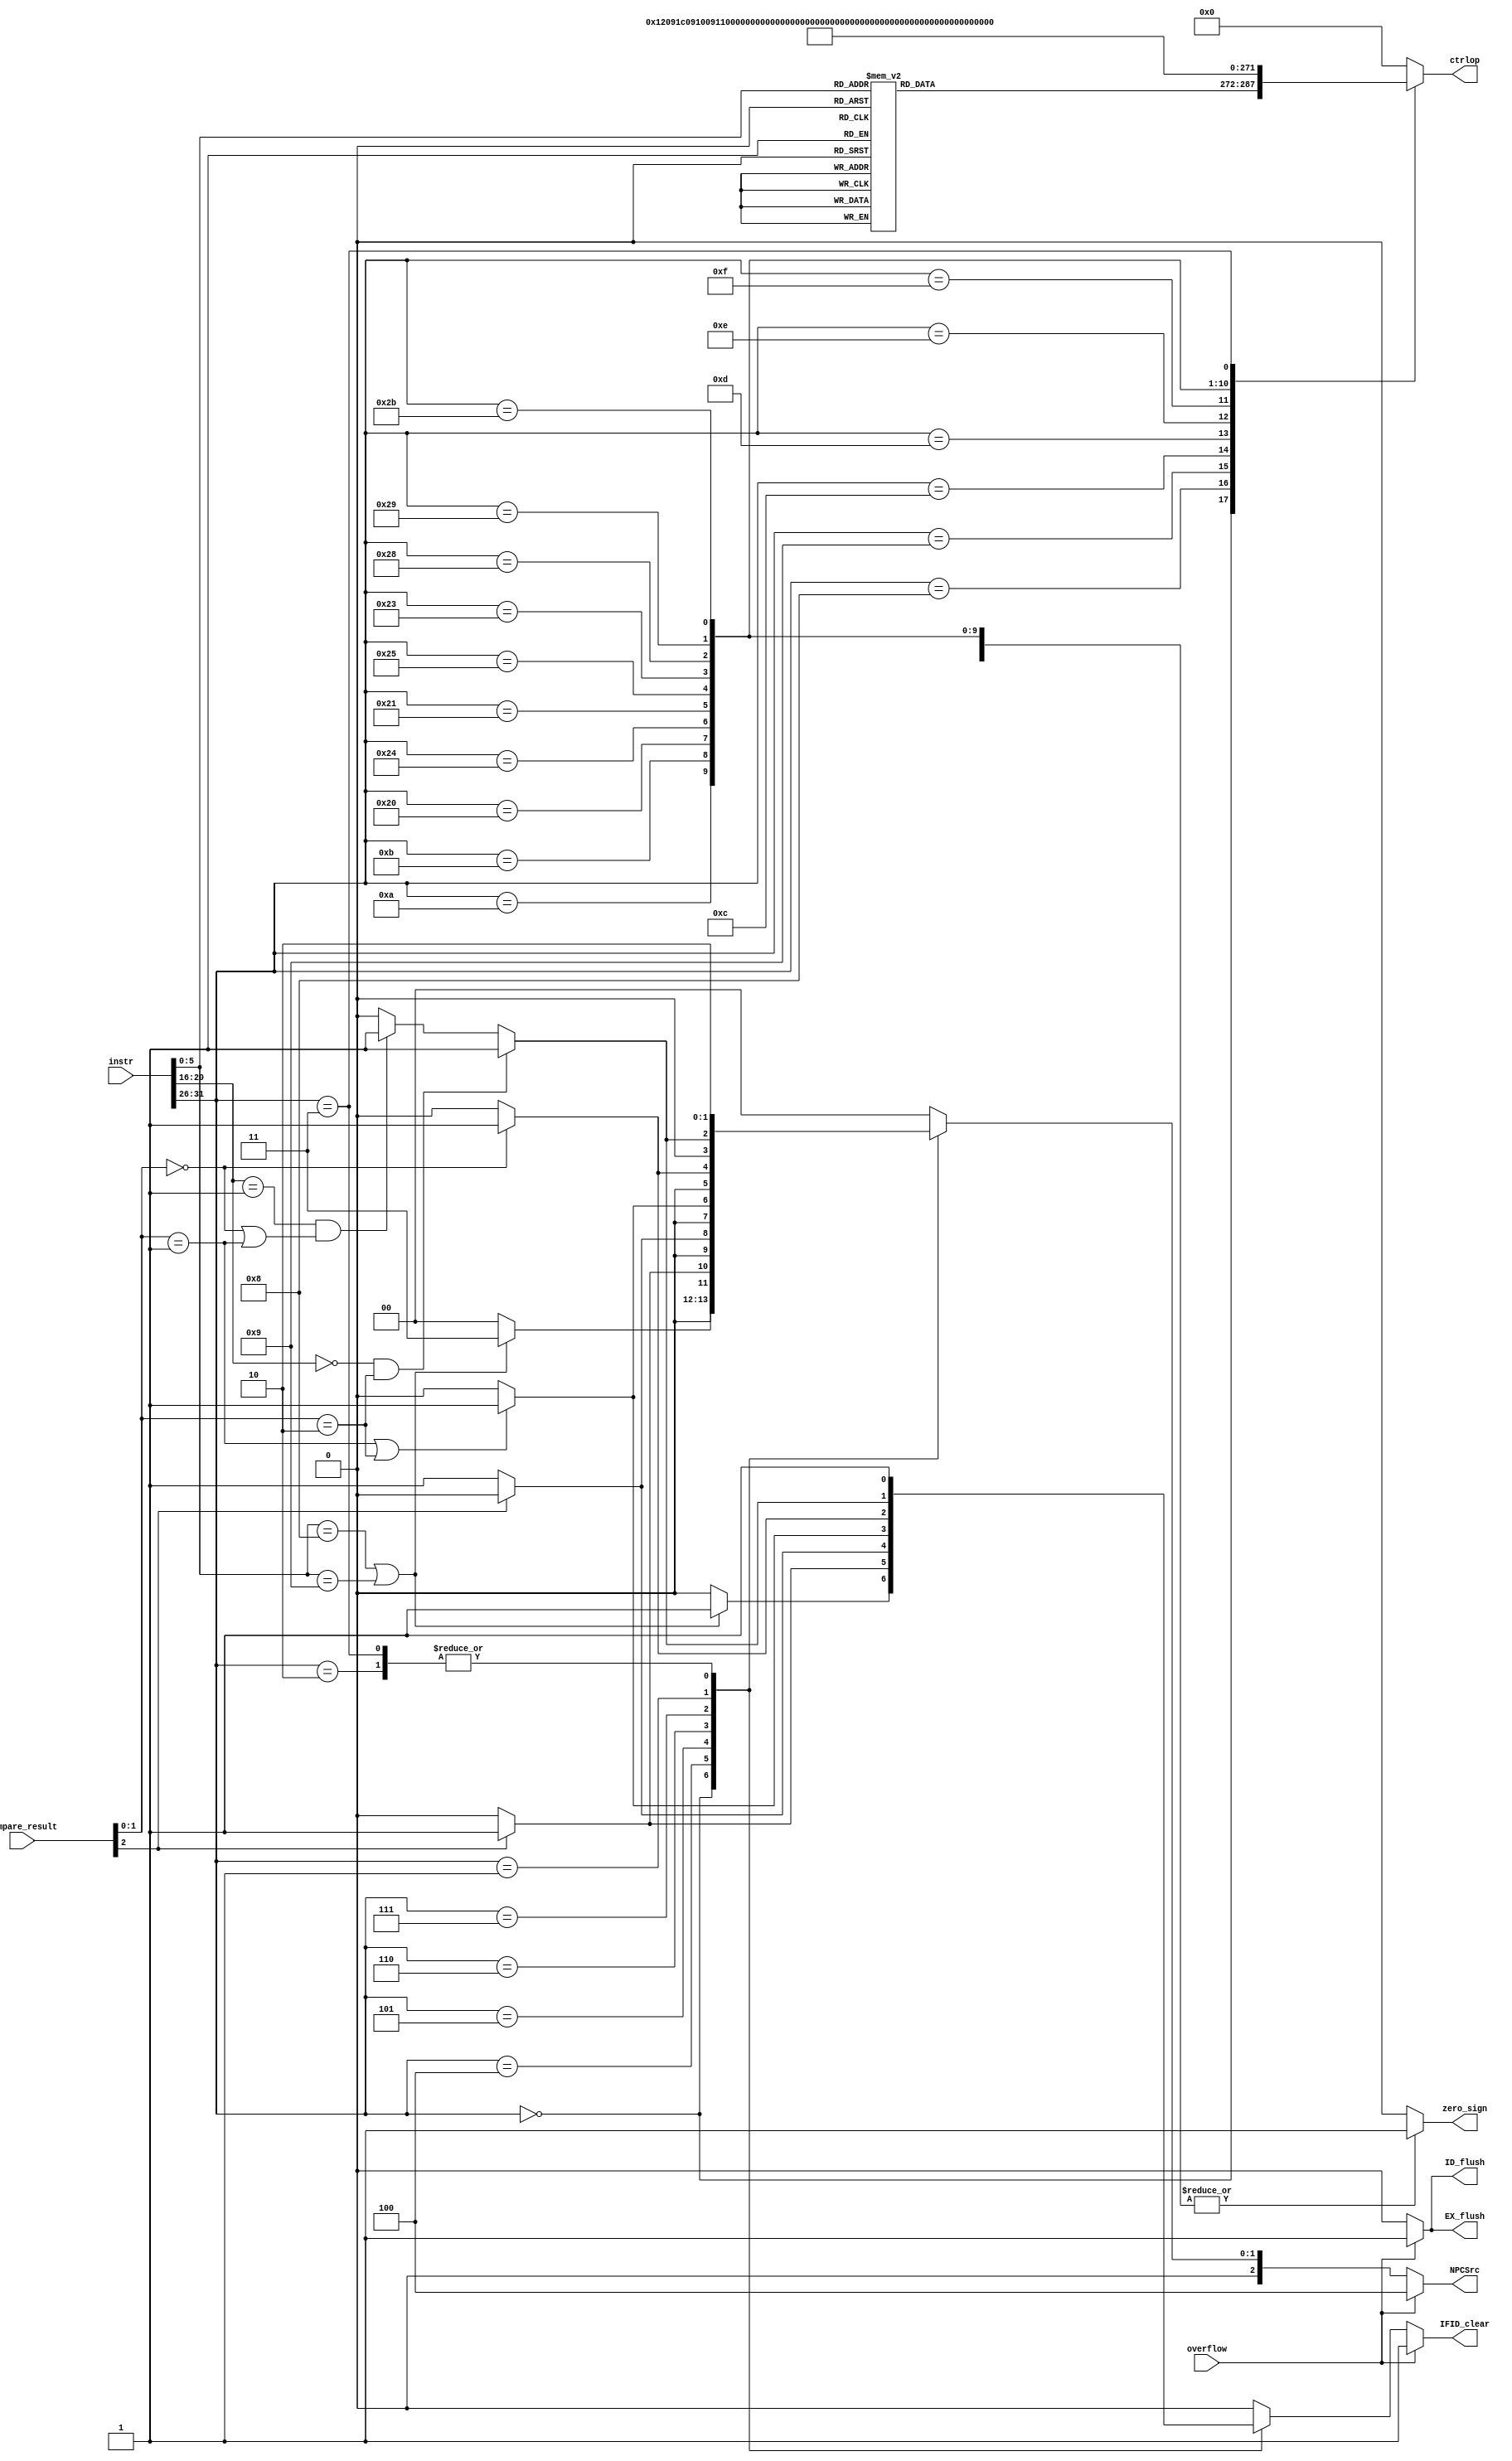
module ctrl(instr,compare_result,overflow,IFID_clear,ID_flush,EX_flush,NPCSrc,ctrlop,zero_sign);

  input [31:0] instr;
  input [2:0] compare_result;
  input overflow;
  output reg IFID_clear;
  output reg ID_flush;
  output reg EX_flush;
  output reg [2:0] NPCSrc;
  output reg [15:0] ctrlop;
  output reg zero_sign;

always@(instr,compare_result,overflow)
  if(overflow)
    begin
      IFID_clear = 1'b1;
      ID_flush = 1'b1;
      EX_flush = 1'b1;
      NPCSrc = 3'b100;
    end
  else
    case(instr[31:26])
      6'b00_0000:
        if(instr[5:0] == 6'b00_1000 || instr[5:0] == 6'b00_1001) //jr,jalr
          begin
            IFID_clear = 1'b1;
            ID_flush = 1'b0;
            EX_flush = 1'b0;
            NPCSrc = 3'b011;
          end
        else
          begin
            IFID_clear = 1'b0;
            ID_flush = 1'b0;
            EX_flush = 1'b0;
            NPCSrc = 3'b000;
          end
      6'b00_0100:  //beq
        if(compare_result[2] == 1'b1)
          begin
            IFID_clear = 1'b1;
            ID_flush = 1'b0;
            EX_flush = 1'b0;
            NPCSrc = 3'b001;
          end
        else
          begin
            IFID_clear = 1'b0;
            ID_flush = 1'b0;
            EX_flush = 1'b0;
            NPCSrc = 3'b000;
          end
      6'b00_0101:  //bne
        if(compare_result[2] == 1'b0)
          begin
            IFID_clear = 1'b1;
            ID_flush = 1'b0;
            EX_flush = 1'b0;
            NPCSrc = 3'b001;
          end
        else
          begin
            IFID_clear = 1'b0;
            ID_flush = 1'b0;
            EX_flush = 1'b0;
            NPCSrc = 3'b000;
          end
      6'b00_0110:  //blez
        if(compare_result[1:0]==2'b01||compare_result[1:0]==2'b10)
          begin
            IFID_clear = 1'b1;
            ID_flush = 1'b0;
            EX_flush = 1'b0;
            NPCSrc = 3'b001;
          end
        else
          begin
            IFID_clear = 1'b0;
            ID_flush = 1'b0;
            EX_flush = 1'b0;
            NPCSrc = 3'b000;
          end
      6'b00_0111:  //bgtz
        if(compare_result[1:0]==2'b00)
          begin
            IFID_clear = 1'b1;
            ID_flush = 1'b0;
            EX_flush = 1'b0;
            NPCSrc = 3'b001;
          end
        else
          begin
            IFID_clear = 1'b0;
            ID_flush = 1'b0;
            EX_flush = 1'b0;
            NPCSrc = 3'b000;
          end
      6'b00_0001:  //bltz or bgez
        if(instr[20:16]==6'b0&&compare_result[1:0]==2'b10)
          begin
            IFID_clear = 1'b1;
            ID_flush = 1'b0;
            EX_flush = 1'b0;
            NPCSrc = 3'b001;
          end
        else if(instr[20:16]==6'b000001&&(compare_result[1:0]==2'b00||compare_result[1:0]==2'b01))
          begin
            IFID_clear = 1'b1;
            ID_flush = 1'b0;
            EX_flush = 1'b0;
            NPCSrc = 3'b001;
          end
        else
          begin
            IFID_clear = 1'b0;
            ID_flush = 1'b0;
            EX_flush = 1'b0;
            NPCSrc = 3'b000;
          end
      6'b00_0010:  //j
        begin
          IFID_clear = 1'b1;
          ID_flush = 1'b0;
          EX_flush = 1'b0;
          NPCSrc = 3'b010;
        end
      6'b00_0011:  //jal
        begin
          IFID_clear = 1'b1;
          ID_flush = 1'b0;
          EX_flush = 1'b0;
          NPCSrc = 3'b010;
        end
      default:
        begin
          IFID_clear = 1'b0;
          ID_flush = 1'b0;
          EX_flush = 1'b0;
          NPCSrc = 3'b000;
        end
    endcase

always@(instr)
  case(instr[31:26])
    6'b00_0000:
    begin
      zero_sign = 1'b0;
      case(instr[5:0])
        6'b10_0000:ctrlop = 16'b0_01_0_0010_00_0_0_1_001;  //add
        6'b10_0001:ctrlop = 16'b0_01_0_1100_00_0_0_1_001;  //addu
        6'b10_0010:ctrlop = 16'b0_01_0_0011_00_0_0_1_001;  //sub
        6'b10_0011:ctrlop = 16'b0_01_0_1101_00_0_0_1_001;  //subu
        6'b10_1010:ctrlop = 16'b0_01_0_0110_00_0_0_1_001;  //slt
        6'b10_1011:ctrlop = 16'b0_01_0_0111_00_0_0_1_001;  //sltu
        6'b00_0000:ctrlop = 16'b0_01_0_1000_00_0_0_1_001;  //sll
        6'b00_0010:ctrlop = 16'b0_01_0_1001_00_0_0_1_001;  //srl
        6'b00_0011:ctrlop = 16'b0_01_0_1010_00_0_0_1_001;  //sra
        6'b00_0100:ctrlop = 16'b1_01_0_1000_00_0_0_1_001;  //sllv
        6'b00_0110:ctrlop = 16'b1_01_0_1001_00_0_0_1_001;  //srlv
        6'b00_0111:ctrlop = 16'b1_01_0_1010_00_0_0_1_001;  //srav
        6'b10_0100:ctrlop = 16'b0_01_0_0000_00_0_0_1_001;  //and
        6'b10_0101:ctrlop = 16'b0_01_0_0001_00_0_0_1_001;  //or
        6'b10_0110:ctrlop = 16'b0_01_0_0100_00_0_0_1_001;  //xor
        6'b10_0111:ctrlop = 16'b0_01_0_0101_00_0_0_1_001;  //nor
        6'b00_1000:ctrlop = 16'b0_00_0_0000_00_0_0_0_000;  //jr
        6'b00_1001:ctrlop = 16'b0_01_0_0000_00_0_0_1_000;  //jalr
        default:ctrlop = 16'b0;
      endcase
    end
    6'b00_1000:  //addi
    begin
      zero_sign = 1'b1;
      ctrlop = 16'b0_00_1_0010_00_0_0_1_001; 
    end
    6'b00_1001:  //addiu
    begin
      zero_sign = 1'b1;
      ctrlop = 16'b0_00_1_1100_00_0_0_1_001;
    end
    6'b00_1100:  //andi
    begin
      zero_sign = 1'b0;
      ctrlop = 16'b0_00_1_0000_00_0_0_1_001;
    end
    6'b00_1101:  //ori
    begin
      zero_sign = 1'b0;
      ctrlop = 16'b0_00_1_0001_00_0_0_1_001;
    end
    6'b00_1110:  //xori
    begin
      zero_sign = 1'b0;
      ctrlop = 16'b0_00_1_0100_00_0_0_1_001;
    end
    6'b00_1111:  //lui
    begin
      zero_sign = 1'b0;
      ctrlop = 16'b0_00_1_1011_00_0_0_1_001;
    end
    6'b00_1010:  //slti
    begin
      zero_sign = 1'b1;
      ctrlop = 16'b0_00_1_0110_00_0_0_1_001;
    end
    6'b00_1011:  //sltiu
    begin
      zero_sign = 1'b1;
      ctrlop = 16'b0_00_1_0111_00_0_0_1_001;
    end

    6'b10_0000:  //lb
    begin
      zero_sign = 1'b1;
      ctrlop = 16'b0_00_1_1100_00_1_0_1_101;
    end
    6'b10_0100:  //lbu
    begin
      zero_sign = 1'b1;
      ctrlop = 16'b0_00_1_1100_00_1_0_1_110;
    end
    6'b10_0001:  //lh
    begin
      zero_sign = 1'b1;
      ctrlop = 16'b0_00_1_1100_00_1_0_1_011;
    end
    6'b10_0101:  //lhu
    begin
      zero_sign = 1'b1;
      ctrlop = 16'b0_00_1_1100_00_1_0_1_100;
    end
    6'b10_0011:  //lw
    begin
      zero_sign = 1'b1;
      ctrlop = 16'b0_00_1_1100_00_1_0_1_010;
    end
    6'b10_1000:  //sb
    begin
      zero_sign = 1'b1;
      ctrlop = 16'b0_00_1_1100_10_0_1_0_000;
    end
    6'b10_1001:  //sh
    begin
      zero_sign = 1'b1;
      ctrlop = 16'b0_00_1_1100_01_0_1_0_000;
    end
    6'b10_1011:  //sw
    begin
      zero_sign = 1'b1;
      ctrlop = 16'b0_00_1_1100_00_0_1_0_000;
    end
    6'b00_0100:  //beq
    begin
      zero_sign = 1'b1;
      ctrlop = 16'b0_00_0_0000_00_0_0_0_000;
    end
    6'b00_0101:  //bne
    begin
      zero_sign = 1'b1;
      ctrlop = 16'b0_00_0_0000_00_0_0_0_000;
    end
    6'b00_0110:  //blez
    begin
      zero_sign = 1'b1;
      ctrlop = 16'b0_00_0_0000_00_0_0_0_000;
    end
    6'b00_0111:  //bgtz
    begin
      zero_sign = 1'b1;
      ctrlop = 16'b0_00_0_0000_00_0_0_0_000;
    end
    6'b00_0001:  //bltz or bgez
    begin
      zero_sign = 1'b1;
      ctrlop = 16'b0_00_0_0000_00_0_0_0_000;
    end
    6'b00_0010:  //j
    begin
      zero_sign = 1'b0;
      ctrlop = 16'b0_00_0_0000_00_0_0_0_000;
    end
    6'b00_0011:  //jal
    begin
      zero_sign = 1'b0;
      ctrlop = 16'b0_10_0_0000_00_0_0_1_000;
    end
    default:
    begin
      zero_sign = 1'b0;
      ctrlop = 16'b0_00_0_0000_00_0_0_0_000;
    end
  endcase

endmodule